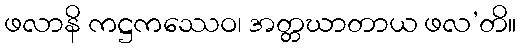
ဖလာနိ ကဋ္ဌကဿေဝ၊ အတ္တဃာတာယ ဖလ’တိ။